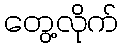
တွေ့လိုက်